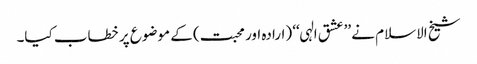
شیخ الاسلام نے ’’عشق الہی‘‘ (ارادہ اور محبت) کے موضوع پر خطاب کیا۔